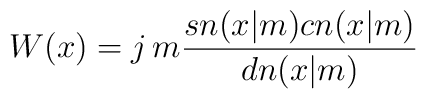
W(x)=j\,m{sn(x|m)cn(x|m)\over dn(x|m)}